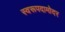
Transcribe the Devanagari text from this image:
स्वरूपदामोदर